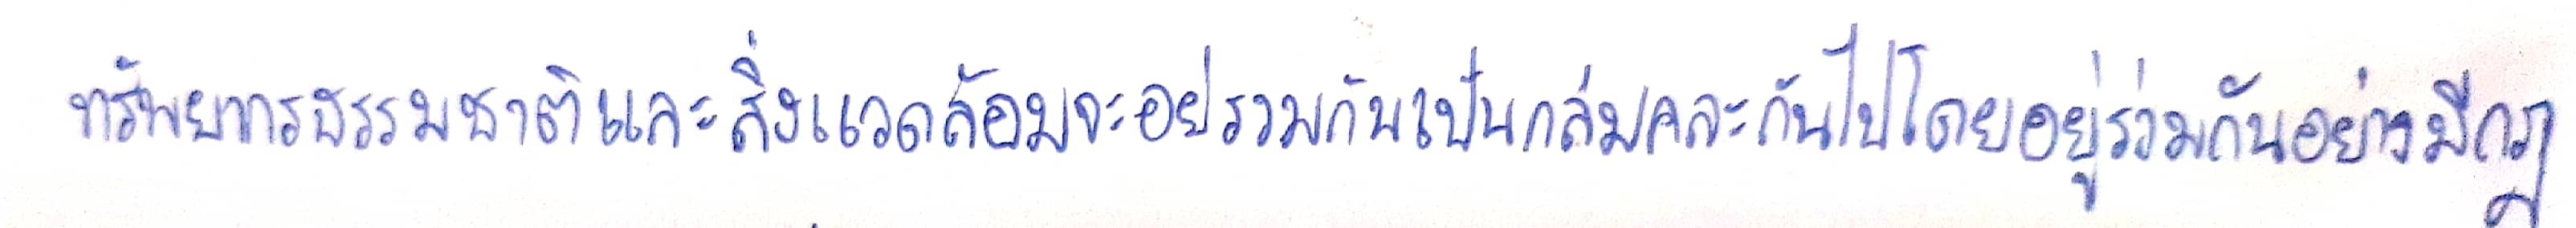
ทรัพยากรธรรมชาติและสิ่งแวดล้อมจะอยู่รวมกันเป็นกลุ่มคละกันไปโดยอยู่ร่วมกันอย่างมีกฎ